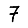
Digit: 7